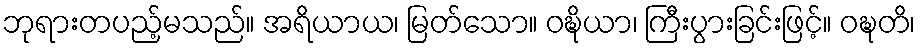
ဘုရားတပည့်မသည်။ အရိယာယ၊ မြတ်သော။ ဝဍ္ဎိယာ၊ ကြီးပွားခြင်းဖြင့်။ ဝဍ္ဎတိ၊